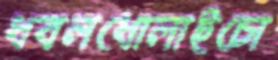
ধবলধোলাইচো